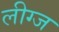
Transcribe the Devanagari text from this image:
लीग्ज